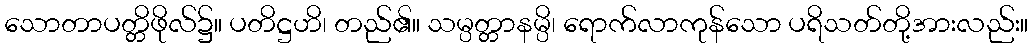
သောတာပတ္တိဖိုလ်၌။ ပတိဋ္ဌဟိ၊ တည်၏။ သမ္ပတ္တာနမ္ပိ၊ ရောက်လာကုန်သော ပရိသတ်တို့အားလည်း။